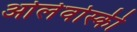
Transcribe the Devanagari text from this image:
ओर्लेवोस्की